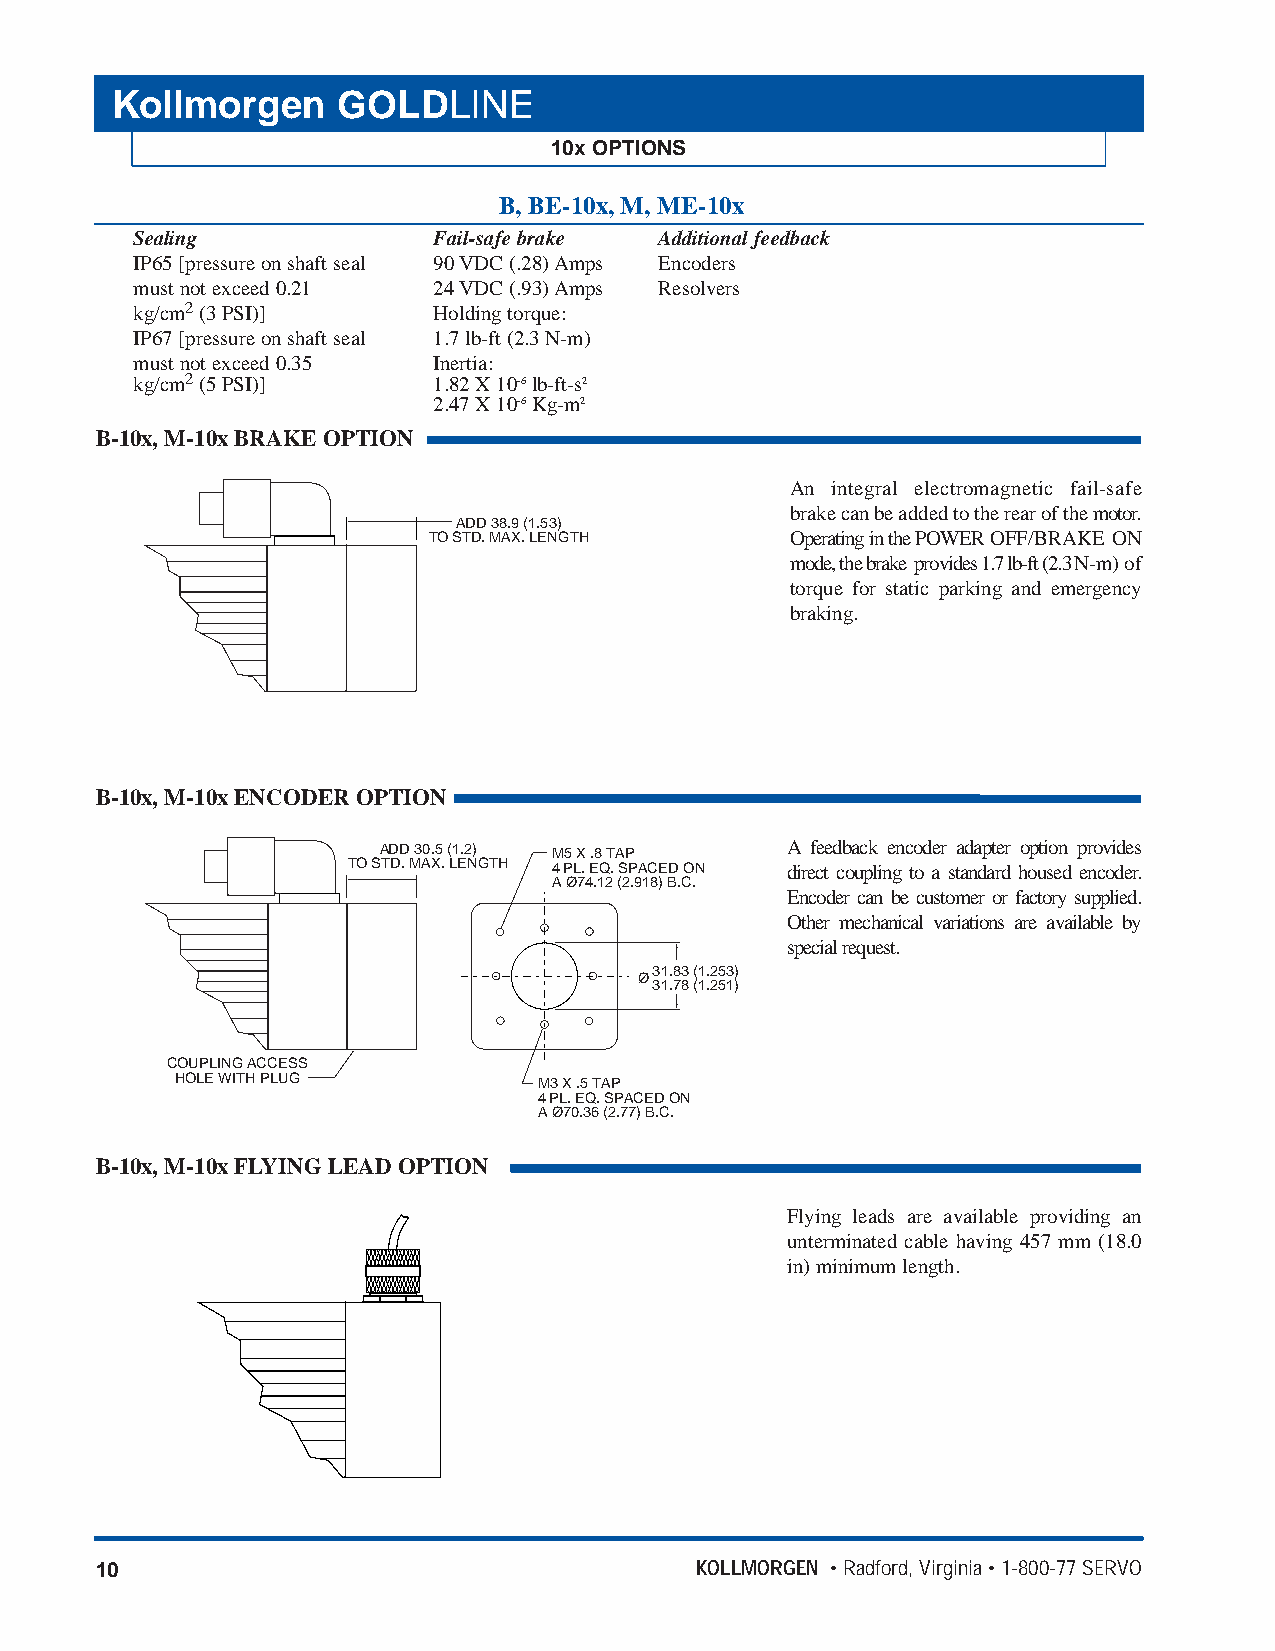
Kollmorgen     GOLDLINE
 10x OPTIONS
 B, BE-10x, M, ME-10x
 Sealing             Fail-safe brake Additional feedback
 IP65 [pressure on shaft seal 90 VDC (.28) Amps Encoders
 must not exceed 0.21 24 VDC (.93) Amps Resolvers
 kg/cm2(3 PSI)]      Holding torque:
 IP67 [pressure on shaft seal 1.7 lb-ft (2.3 N-m)
 must not exceed 0.35 Inertia:
 kg/cm2(5 PSI)]      1.82 X 10-6lb-ft-s2
 2.47 X 10-6Kg-m2
 B-10x, M-10x BRAKE OPTION
 An integral electromagnetic fail-safe
 brake can be added to the rear of the motor.
 ADD 38.9 (1.53)
 TO STD. MAX. LENGTH     Operating in the POWEROFF/BRAKE ON
 mode, the brake provides 1.7 lb-ft (2.3 N-m) of
 torque for static parking and emergency
 braking.
 B-10x, M-10x ENCODER OPTION
 ADD 30.5 (1.2) M5 X .8 TAP A feedback encoder adapter option provides
 TO STD. MAX. LENGTH 4 PL. EQ. SPACED ON direct coupling to a standard housed encoder.
 A Ø74.12 (2.918) B.C.
 Encoder can be customer or factory supplied.
 Other mechanical variations are available by
 special request.
 31.83 (1.253)
 Ø
 31.78 (1.251)
 COUPLING ACCESS
 HOLE WITH PLUG          M3 X .5 TAP
 4 PL. EQ. SPACED ON
 A Ø70.36 (2.77) B.C.
 B-10x, M-10x FLYING LEAD OPTION
 Flying leads are available providing an
 unterminated cable having 457 mm (18.0
 in) minimum length.
 10                                      KOLLMORGEN • Radford, Virginia • 1-800-77 SERVO